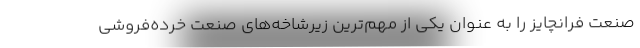
صنعت فرانچایز را به عنوان یکی از مهم‌ترین زیرشاخه‌های صنعت خرده‌فروشی